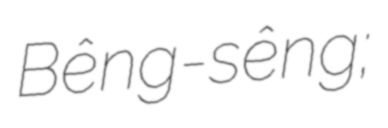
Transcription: Bêng-sêng;